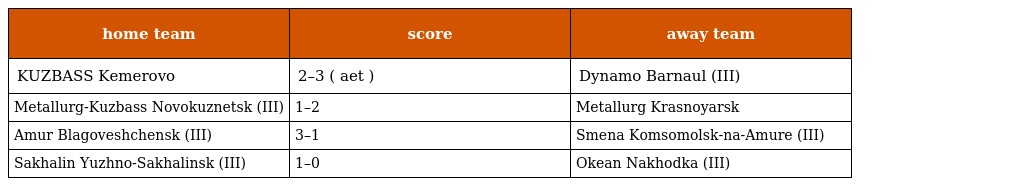
| home team | score | away team |
 | --- | --- | --- |
 | KUZBASS Kemerovo | 2–3 ( aet ) | Dynamo Barnaul (III) |
 | Metallurg-Kuzbass Novokuznetsk (III) | 1–2 | Metallurg Krasnoyarsk |
 | Amur Blagoveshchensk (III) | 3–1 | Smena Komsomolsk-na-Amure (III) |
 | Sakhalin Yuzhno-Sakhalinsk (III) | 1–0 | Okean Nakhodka (III) |